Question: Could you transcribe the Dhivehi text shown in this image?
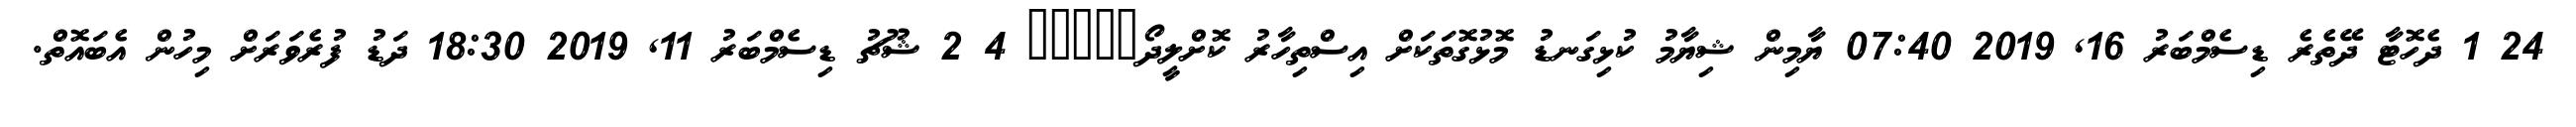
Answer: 24 1 ދެހޮޓާ ދޭތެރެ ޑިސެމްބަރު 16, 2019 07:40 ޔާމިން ޝިޔާމު ކުޅިގަނޑު މޮޅުގޮތަކަށް އިސްތިހާރު ކޮށްލީދޯ????? 4 2 ޝޫޗު ޑިސެމްބަރު 11, 2019 18:30 ދަޑު ފުރެވަރަށް މިހުން އެބައޮތް.